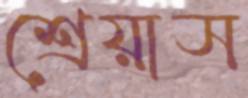
শ্রেয়াস